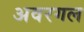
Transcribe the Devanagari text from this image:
अवरगल